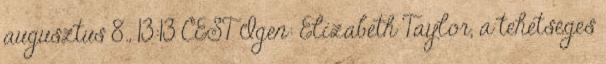
augusztus 8., 13:13 CEST Igen: Elizabeth Taylor, a tehetséges